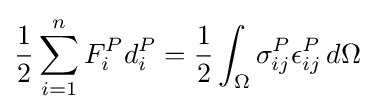
{\frac {1}{2}}\sum _{i=1}^{n}F_{i}^{P}d_{i}^{P}={\frac {1}{2}}\int _{\Omega }\sigma _{ij}^{P}\epsilon _{ij}^{P}\,d\Omega